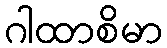
ဂါထာစိမာ